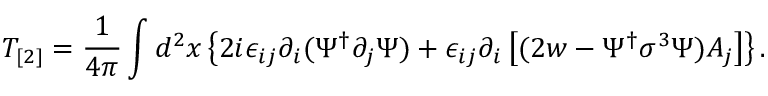
T _ { [ 2 ] } = \frac { 1 } { 4 \pi } \int d ^ { 2 } x \left\{ 2 i \epsilon _ { i j } \partial _ { i } ( \Psi ^ { \dagger } \partial _ { j } \Psi ) + \epsilon _ { i j } \partial _ { i } \left[ ( 2 w - \Psi ^ { \dagger } \sigma ^ { 3 } \Psi ) A _ { j } \right] \right\} .